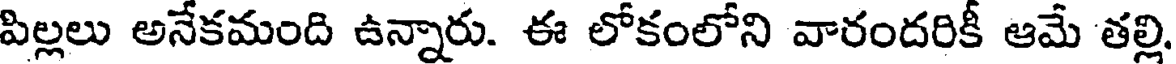
పిల్లలు అనేకమంది ఉన్నారు. ఈ లోకంలోని వారందరికీ ఆమే తల్లి